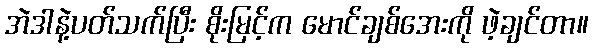
အဲဒါနဲ့ပတ်သက်ပြီး စိုးမြင့်က မောင်ချစ်အေးကို ဖဲ့ချင်တာ။